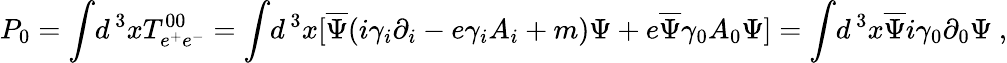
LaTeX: P_{0}=\int\! d\, ^{3}xT_{e^{+}e^{-}}^{00}=\int\! d\, ^{3}x[\overline{{{\Psi}}}(i\gamma_{i}\partial_{i}-e\gamma_{i}A_{i}+m)\Psi+e\overline{{{\Psi}}}\gamma_{0}A_{0}\Psi]=\int\! d\, ^{3}x\overline{{{\Psi}}}i\gamma_{0}\partial_{0}\Psi\ ,